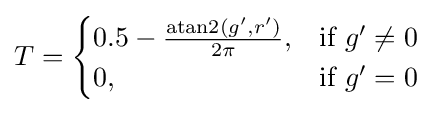
{\textstyle T={\begin{cases}0.5-{\frac {\operatorname {atan2} (g',r')}{2\pi }},&{\mbox{if}}~g'\neq 0\\0,&{\mbox{if}}~g'=0\\\end{cases}}}